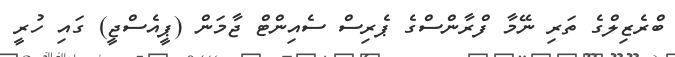
ބްރެޒިލްގެ ތަރި ނޭމާ ފްރާންސްގެ ޕެރިސް ސެއިންޓް ޖާމަން (ޕީއެސްޖީ) ގައި ހުރީ